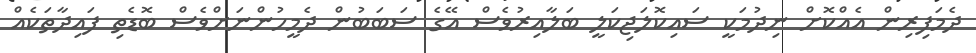
ދެމަފިރިން އެއްކޮށް ނިދުމަކީ ސައިކޮލަޖިކަލީ ބަލާއިރުވެސް އޭގެ ސަބަބުން ދެމީހުންނަށްވެސް ބޮޑެތި ފައިދާތަކެއް